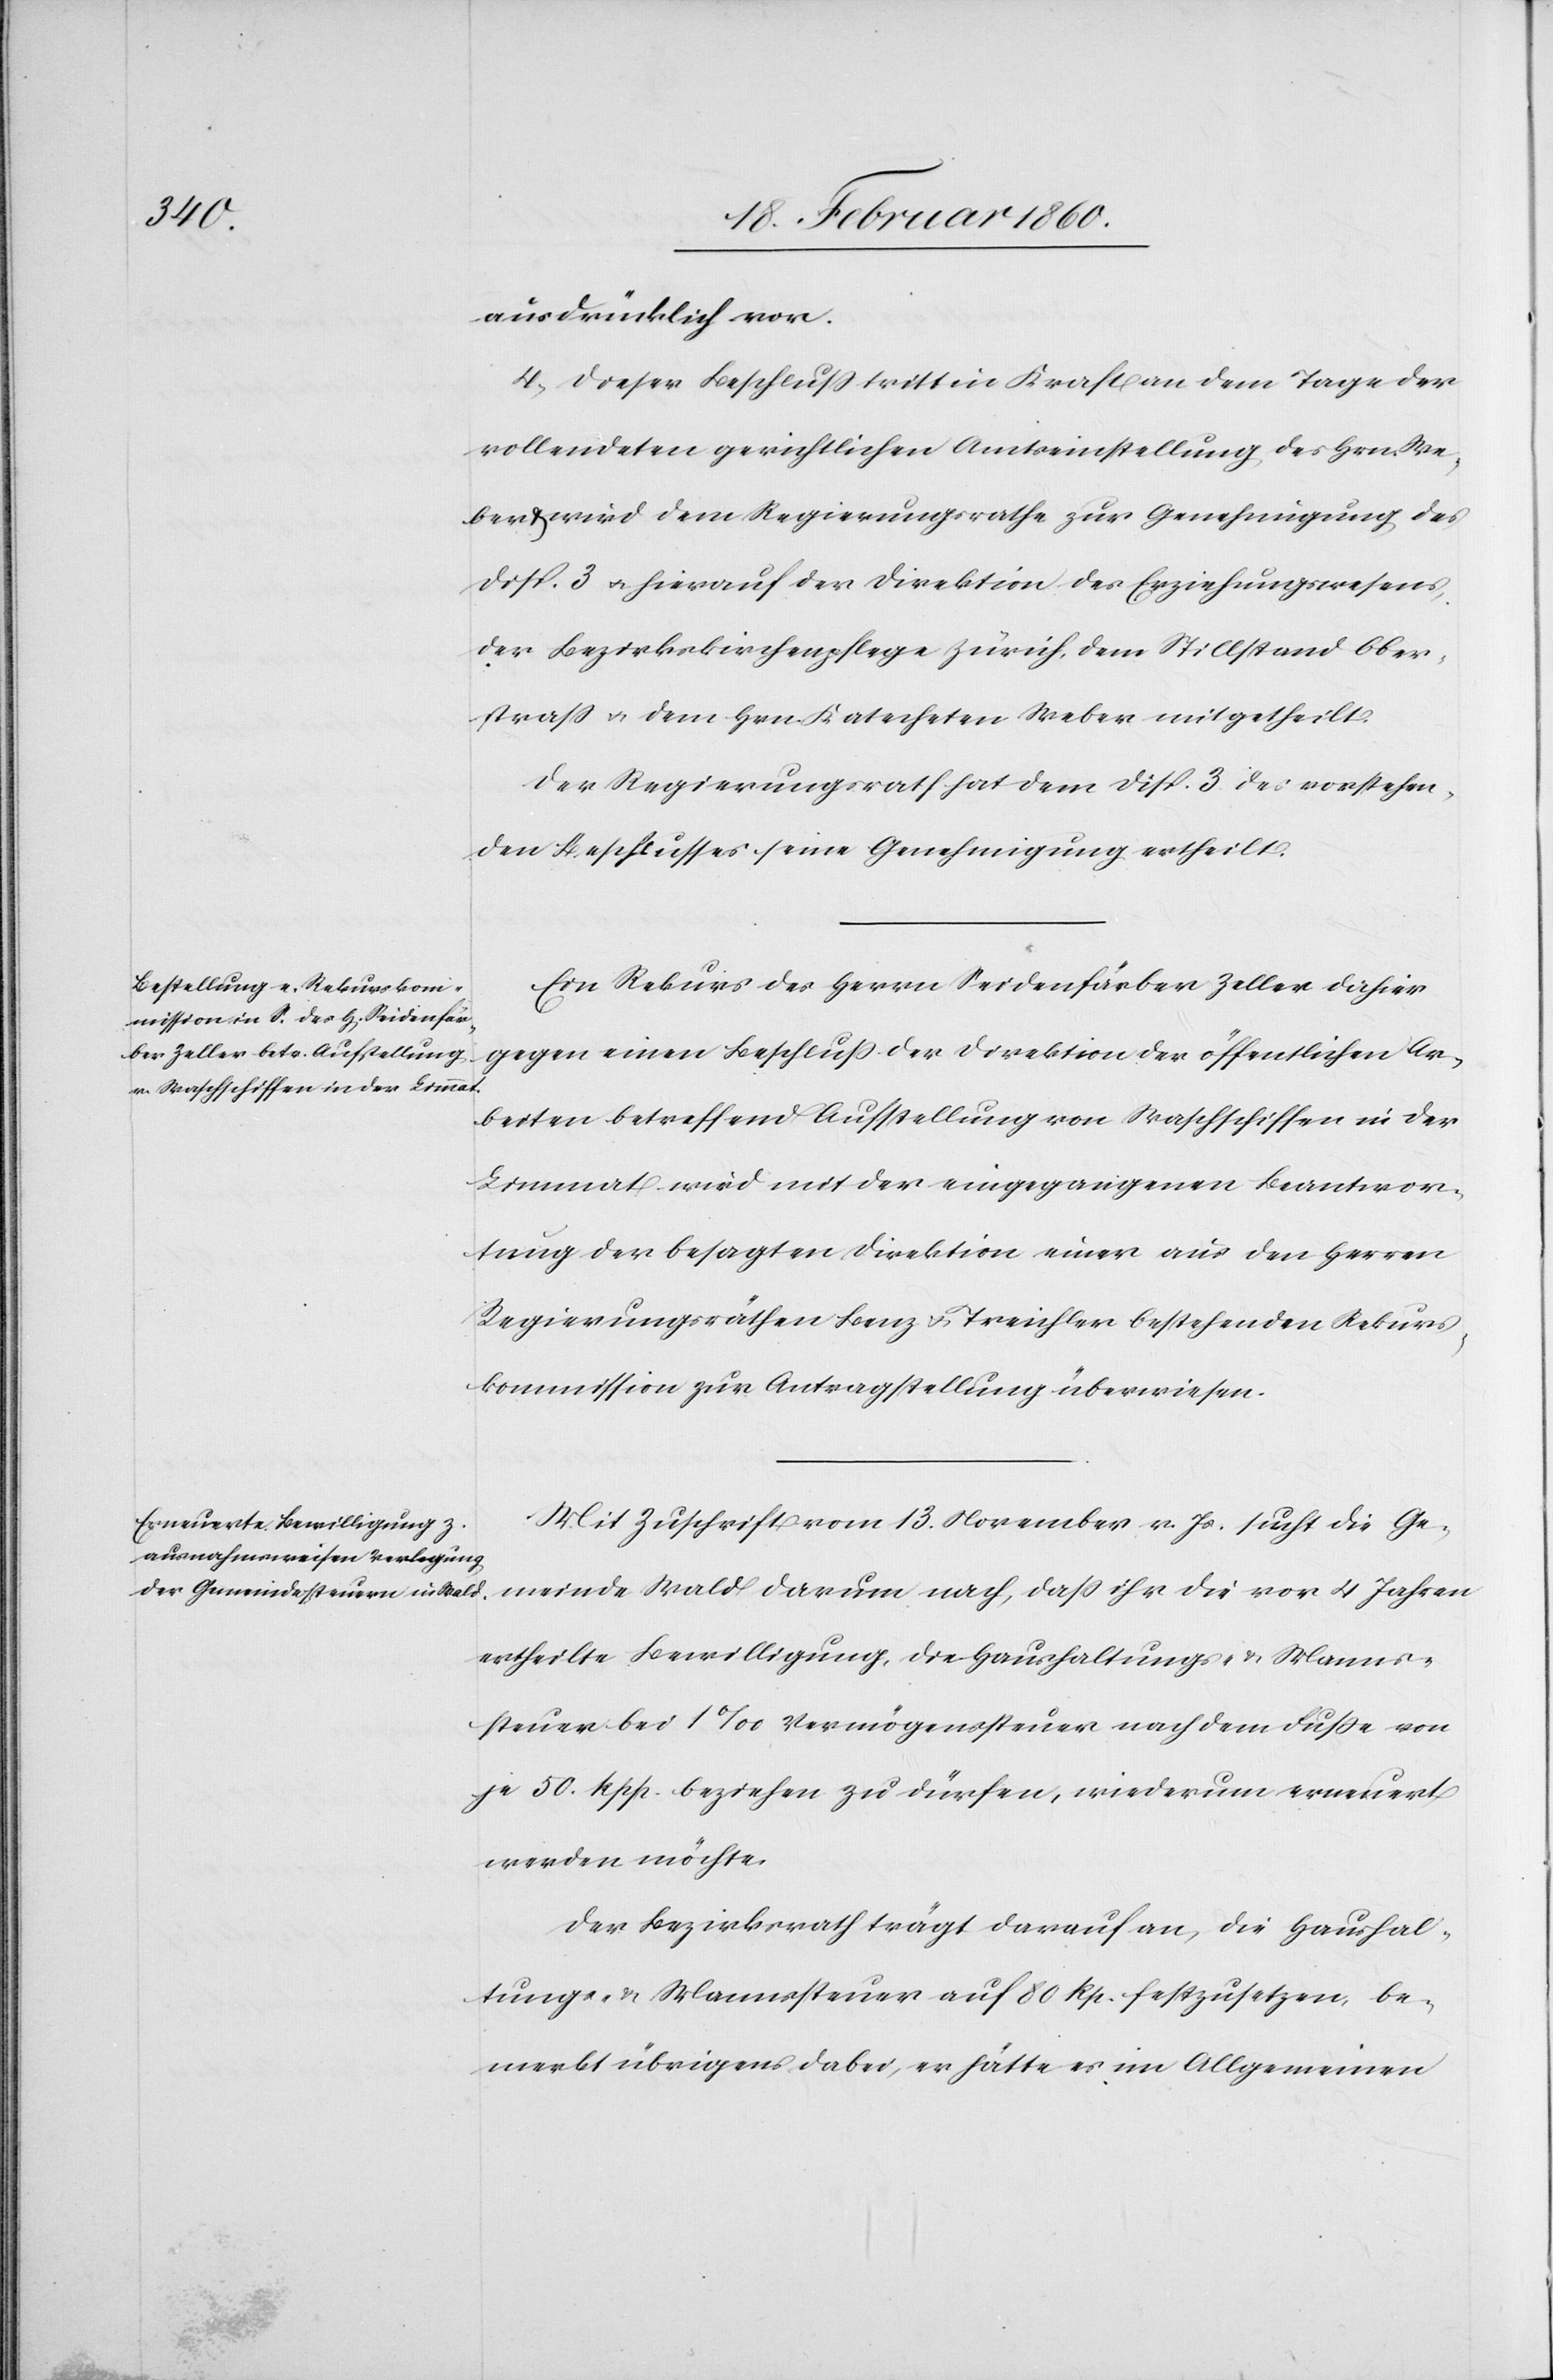
ausdrücklich vor.
4. Dieser Beschluß tritt in Kraft an dem Tage der
vollendeten gerichtlichen Amtseinstellung des Hrn. We¬
ber u. wird dem Regierungsrathe zur Genehmigung des
Disp. 3. u. hierauf der Direktion des Erziehungswesens,
der Bezirkskirchenpflege Zürich, dem Stillstand Ober¬
strass u. dem Hrn. Katechten Weber mitgetheilt.
Der Regierungsrath hat dem Disp. 3. des vorstehen¬
den Beschlusses seine Genehmigung ertheilt.
Ein Rekurs des Herrn Seidenfärber Zeller dahier
gegen einen Beschluß der Direktion der öffentlichen Ar¬
beiten betreffend Aufstellung von Waschschiffen in der
Limmat wird mit der eingegangenen Beantwor¬
tung der besagten Direktion einer aus den Herren
Regierungsräthen Benz u. Treichler bestehenden Rekurs¬
kommission zur Antragstellung überwiesen.
Mit Zuschrift vom 14. November v. Js. sucht die Ge¬
meinde Wald darum nach, dass ihr die vor 4 Jahren
ertheilte Bewilligung, die Haushaltungs- u. Namens¬
steuer bei 1‰ Vermögenssteuer nach dem Fusse von
je 50. Rpp. beziehen zu dürfen, wiederum erneuert
werden möchte.
Der Bezirksrath trägt darauf an, die Haushal¬
tungs- u. Mannssteuer auf 80 Rp. festzusetzen, be¬
merkt übrigens dabei, er hätte es im Allgemeinen